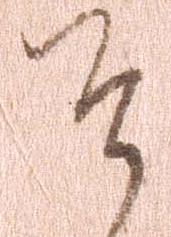
そ